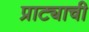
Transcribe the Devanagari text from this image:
प्राट्याची